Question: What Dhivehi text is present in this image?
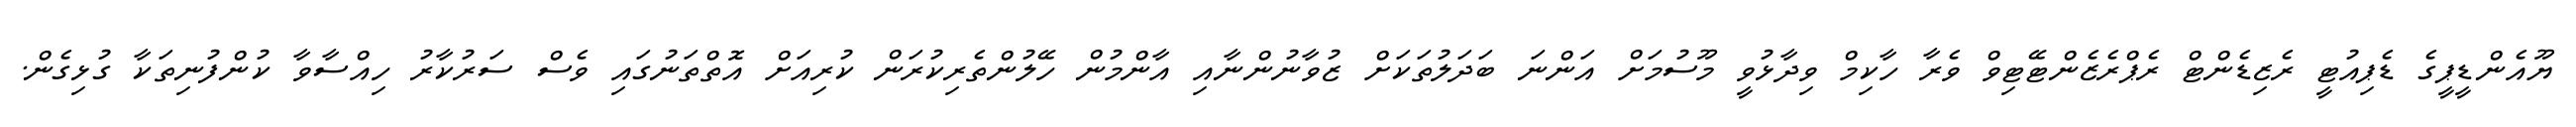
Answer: ޔޫއެންޑީޕީގެ ޑެޕިއުޓީ ރެޒިޑެންޓް ރެޕްރެޒެންޓޭޓިވް ވެރާ ހާކިމް ވިދާޅުވީ މޫސުމަށް އަންނަ ބަދަލުތަކަށް ޒުވާނުންނާއި އާންމުން ހޭލުންތެރިކުރަން ކުރިއަށް އޮތްތަނުގައި ވެސް ސަރުކާރު ހިއްސާވާ ކުންފުނިތަކާ ގުޅިގެން.